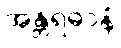
အန္တရဓာနံ